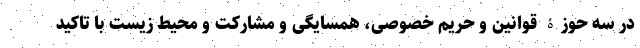
در سه حوزۀ قوانین و حریم خصوصی، همسایگی و مشارکت و محیط زیست با تاکید